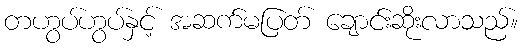
တဟွပ်ဟွပ်နှင့် အဆက်မပြတ် ချောင်းဆိုးလာသည်။